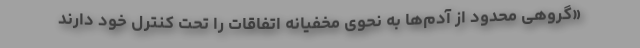
«گروهی محدود از آدم‌ها به نحوی مخفیانه اتفاقات را تحت کنترل خود دارند